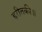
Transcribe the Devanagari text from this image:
हरीतकी॥